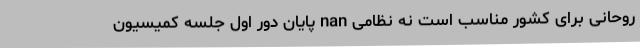
روحانی برای کشور مناسب است نه نظامی nan پایان دور اول جلسه کمیسیون